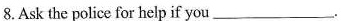
8.Ask the police for help if you___.